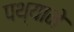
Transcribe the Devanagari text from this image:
पथ्याने